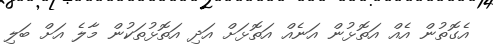
އެގޮތުން އެއް އަތޮޅުން އަނެއް އަތޮޅަށް އަދި އަތޮޅުތަކުން މާލެ އަށް ބަލި